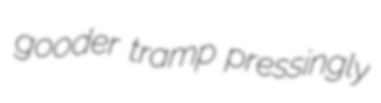
gooder tramp pressingly